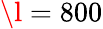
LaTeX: \l=800